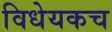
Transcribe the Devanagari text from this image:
विधेयकच